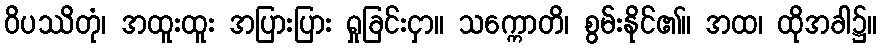
ဝိပဿိတုံ၊ အထူးထူး အပြားပြား ရှုခြင်းငှာ။ သက္ကောတိ၊ စွမ်းနိုင်၏။ အထ၊ ထိုအခါ၌။